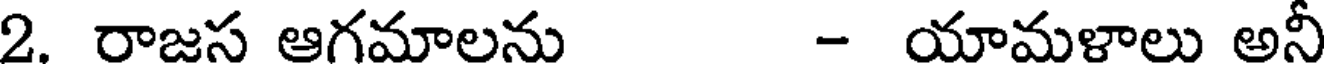
2. రాజస ఆగమాలను - యామళాలు అనీ